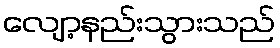
လျော့နည်းသွားသည်